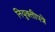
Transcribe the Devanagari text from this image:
नियुक्तीपत्रे